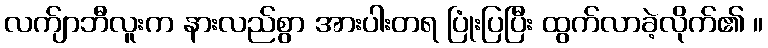
လက်ျာဘီလူးက နားလည်စွာ အားပါးတရ ပြုံးပြပြီး ထွက်လာခဲ့လိုက်၏ ။